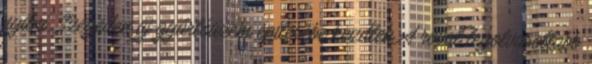
nyitni, Szegeden új gyártóüzem építésébe kezdtek A rovat legolvasottabb